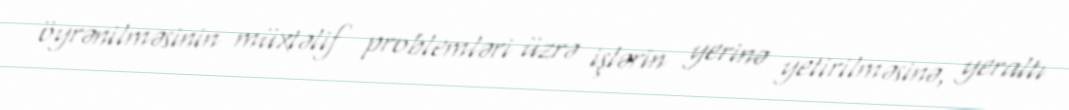
öyrənilməsinin müxtəlif problemləri üzrə işlərin yerinə yetirilməsinə, yeraltı